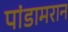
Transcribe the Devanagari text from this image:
पांडामरान